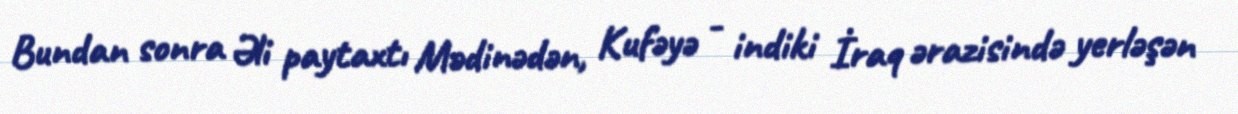
Bundan sonra Əli paytaxtı Mədinədən, Kufəyə - indiki İraq ərazisində yerləşən